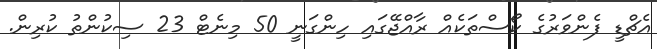
އެޗްޑީ ފެންވަރުގެ ކޯސްތަކެއް ރާއްޖޭގައި ހިންގަނީ 50 މިނެޓް 23 ސިކުންތު ކުރިން.